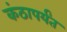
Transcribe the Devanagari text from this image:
कंठापर्यंत